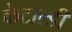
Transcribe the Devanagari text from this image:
केटाल्डी